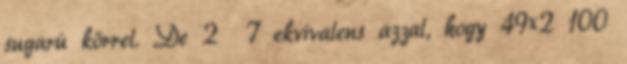
sugarú körrel. De 2 7 ekvivalens azzal, hogy 49×2 100